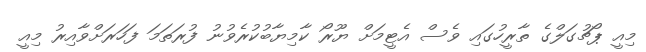
މިއީ ޕޯޗުގަލްގެ ތާރީހުގައި ވެސް އެޓީމަށް ޔޫރޯ ކާމިޔާބުކުރެވުނު ފުރަތަމަ ފަހަރަށްވާއިރު މިއީ